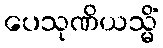
ပေသုဏိယသ္မိံ